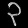
Digit: ၃